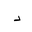
Letter: _dal